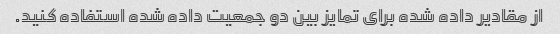
از مقادیر داده شده برای تمایز بین دو جمعیت داده شده استفاده کنید.